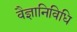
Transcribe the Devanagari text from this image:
वैज्ञानिविधि